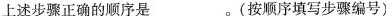
上述步骤正确的顺序是___。(按顺序填写步骤编号)